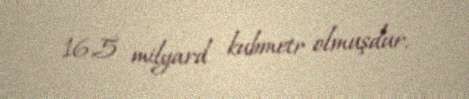
16,5 milyard kubmetr olmuşdur.